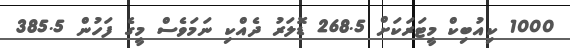
1000 ކިއުބިކް މީޓަރަކަށް 268.5 ޑޮލަރު ދެއްކި ނަމަވެސް މީގެ ފަހުން 385.5